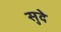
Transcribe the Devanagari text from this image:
सुदे